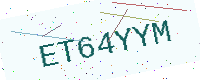
Text: ET64YYM